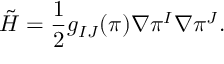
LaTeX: \tilde { H } = { \frac { 1 } { 2 } } g _ { I J } ( \pi ) \nabla \pi ^ { I } \nabla \pi ^ { J } .